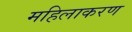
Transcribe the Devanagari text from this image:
महिलाकरण